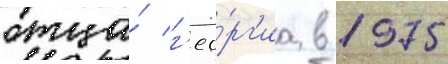
отца́ г'ео́рг'иа в 1975